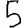
Digit: 5